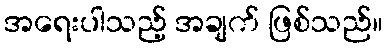
အရေးပါသည့် အချက် ဖြစ်သည်။